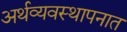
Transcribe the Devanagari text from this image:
अर्थव्यवस्थापनात